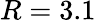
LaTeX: R=3.1